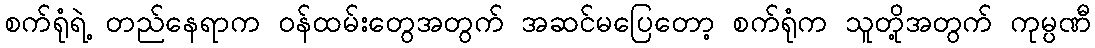
စက်ရုံရဲ့ တည်နေရာက ဝန်ထမ်းတွေအတွက် အဆင်မပြေတော့ စက်ရုံက သူတို့အတွက် ကုမ္ပဏီ